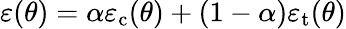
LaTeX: \varepsilon(\theta)=\alpha\varepsilon_{\mathrm{c}}(\theta)+(1-\alpha)\varepsilon_{\mathrm{t}}(\theta)